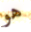
هو